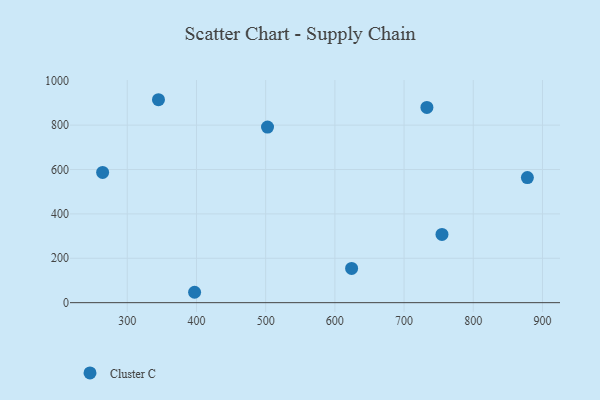
{"axis": {"x": "Study Hours", "y": "Sales"}, "legend": ["Cluster C"], "data": [{"x": "624.2", "y": 154.1, "type": "Cluster C"}, {"x": "397.3", "y": 46.8, "type": "Cluster C"}, {"x": "345.1", "y": 914.5, "type": "Cluster C"}, {"x": "754.8", "y": 307.5, "type": "Cluster C"}, {"x": "502.7", "y": 791.4, "type": "Cluster C"}, {"x": "878.2", "y": 563.5, "type": "Cluster C"}, {"x": "264.4", "y": 587.1, "type": "Cluster C"}, {"x": "733.0", "y": 879.6, "type": "Cluster C"}]}